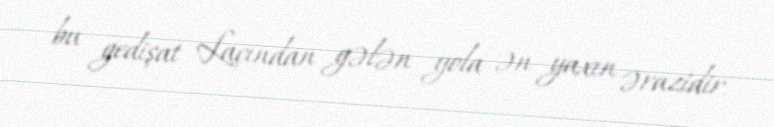
bu gedişat Laçından gələn yola ən yaxın ərazidir.